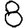
Digit: 8